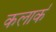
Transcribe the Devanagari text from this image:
कलार्क